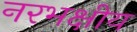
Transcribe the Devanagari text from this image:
नरभक्षीय